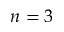
n = 3